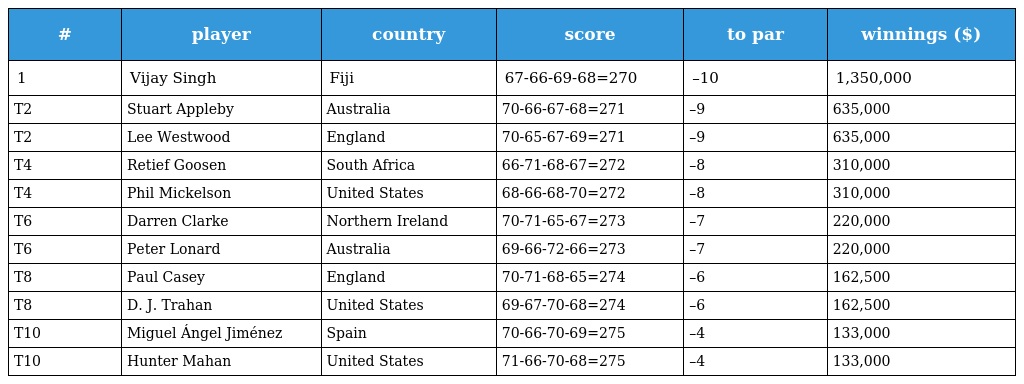
| # | player | country | score | to par | winnings ($) |
 | --- | --- | --- | --- | --- | --- |
 | 1 | Vijay Singh | Fiji | 67-66-69-68=270 | –10 | 1,350,000 |
 | T2 | Stuart Appleby | Australia | 70-66-67-68=271 | –9 | 635,000 |
 | T2 | Lee Westwood | England | 70-65-67-69=271 | –9 | 635,000 |
 | T4 | Retief Goosen | South Africa | 66-71-68-67=272 | –8 | 310,000 |
 | T4 | Phil Mickelson | United States | 68-66-68-70=272 | –8 | 310,000 |
 | T6 | Darren Clarke | Northern Ireland | 70-71-65-67=273 | –7 | 220,000 |
 | T6 | Peter Lonard | Australia | 69-66-72-66=273 | –7 | 220,000 |
 | T8 | Paul Casey | England | 70-71-68-65=274 | –6 | 162,500 |
 | T8 | D. J. Trahan | United States | 69-67-70-68=274 | –6 | 162,500 |
 | T10 | Miguel Ángel Jiménez | Spain | 70-66-70-69=275 | –4 | 133,000 |
 | T10 | Hunter Mahan | United States | 71-66-70-68=275 | –4 | 133,000 |